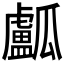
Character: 𤬛